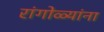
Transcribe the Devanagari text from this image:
रांगोळ्यांना